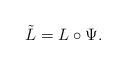
LaTeX: \begin{align*}\tilde{L} = L \circ \Psi.\end{align*}